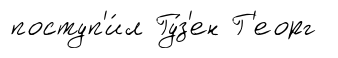
поступ'и́л Гу́з'ен Г'еорг